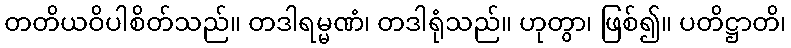
တတိယဝိပါစိတ်သည်။ တဒါရမ္မဏံ၊ တဒါရုံသည်။ ဟုတွာ၊ ဖြစ်၍။ ပတိဋ္ဌာတိ၊